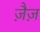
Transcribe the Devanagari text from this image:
ज़ैज़